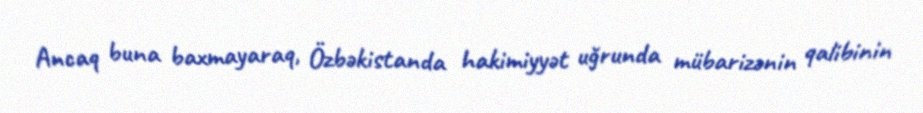
Ancaq buna baxmayaraq, Özbəkistanda hakimiyyət uğrunda mübarizənin qalibinin